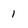
Character: 1